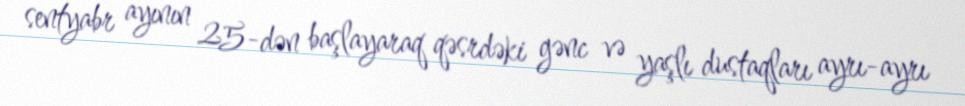
sentyabr ayının 25-dən başlayaraq qəsrdəki gənc və yaşlı dustaqları ayrı-ayrı